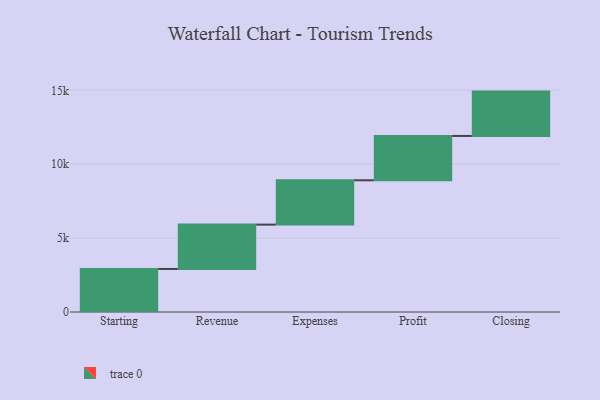
{"axis": {"x": "Step", "y": "Value"}, "legend": [""], "data": [{"x": "Starting", "y": 2912.0, "type": ""}, {"x": "Revenue", "y": 3000, "type": ""}, {"x": "Expenses", "y": 3000, "type": ""}, {"x": "Profit", "y": 3000, "type": ""}, {"x": "Closing", "y": 3000, "type": ""}]}